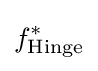
f_{\text{Hinge}}^{*}